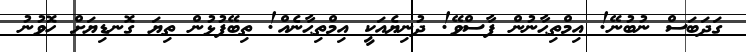
ގަދަބަސް ނުބުނޭ! އިމްތިޙާނުން ފާސްވޭ! ދުނިޔެއަކީ އިމްތިޙާނެއް! ތިބޭފުޅުން ތިޔަ ގޮނޑިޔަށް ހޮވުނު